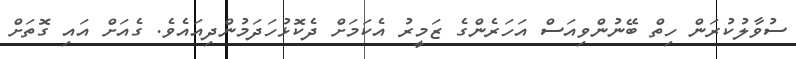
ސުވާލުކުރަން ހިތް ބޭނުންވިއަސް އަހަރެންގެ ޒަމީރު އެކަމަށް ދެކޮޅުހަދަމުންދިއައެވެ. ގެއަށް އައި ގޮތަށް